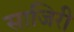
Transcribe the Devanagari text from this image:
साजिरी